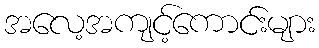
အလေ့အကျင့်ကောင်းများ